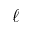
\ell